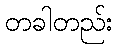
တခါတည်း